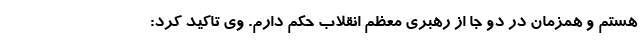
هستم و همزمان در دو جا از رهبری معظم انقلاب حکم دارم. وی تاکید کرد: